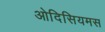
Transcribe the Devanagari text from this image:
ओदिसियमस